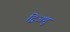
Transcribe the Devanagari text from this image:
द्विअणु